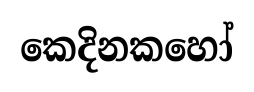
කෙදිනකහෝ